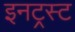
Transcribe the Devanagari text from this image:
इनट्रस्ट